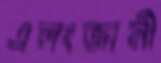
এলংজানী